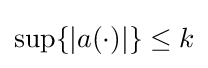
\sup\{|a(\cdot )|\}\leq k